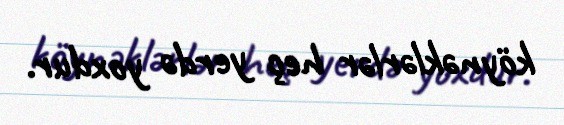
köynəklərlər heç yerdə yoxdur.